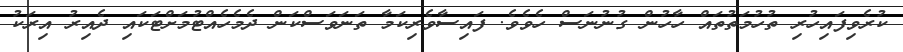
ކުރެވިފައިހުރި ތުހުމަތުތައް ހާހުން ގުނުނަސް ހެވެވެ. ފައިސާވެރިކަމާ ތަނަވަސްކަން ދެމެހެއްޓުމަށްޓަކައި ދެއިރު އިރަކު